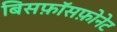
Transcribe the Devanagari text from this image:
बिसफ़ॉसफ़ोनेट